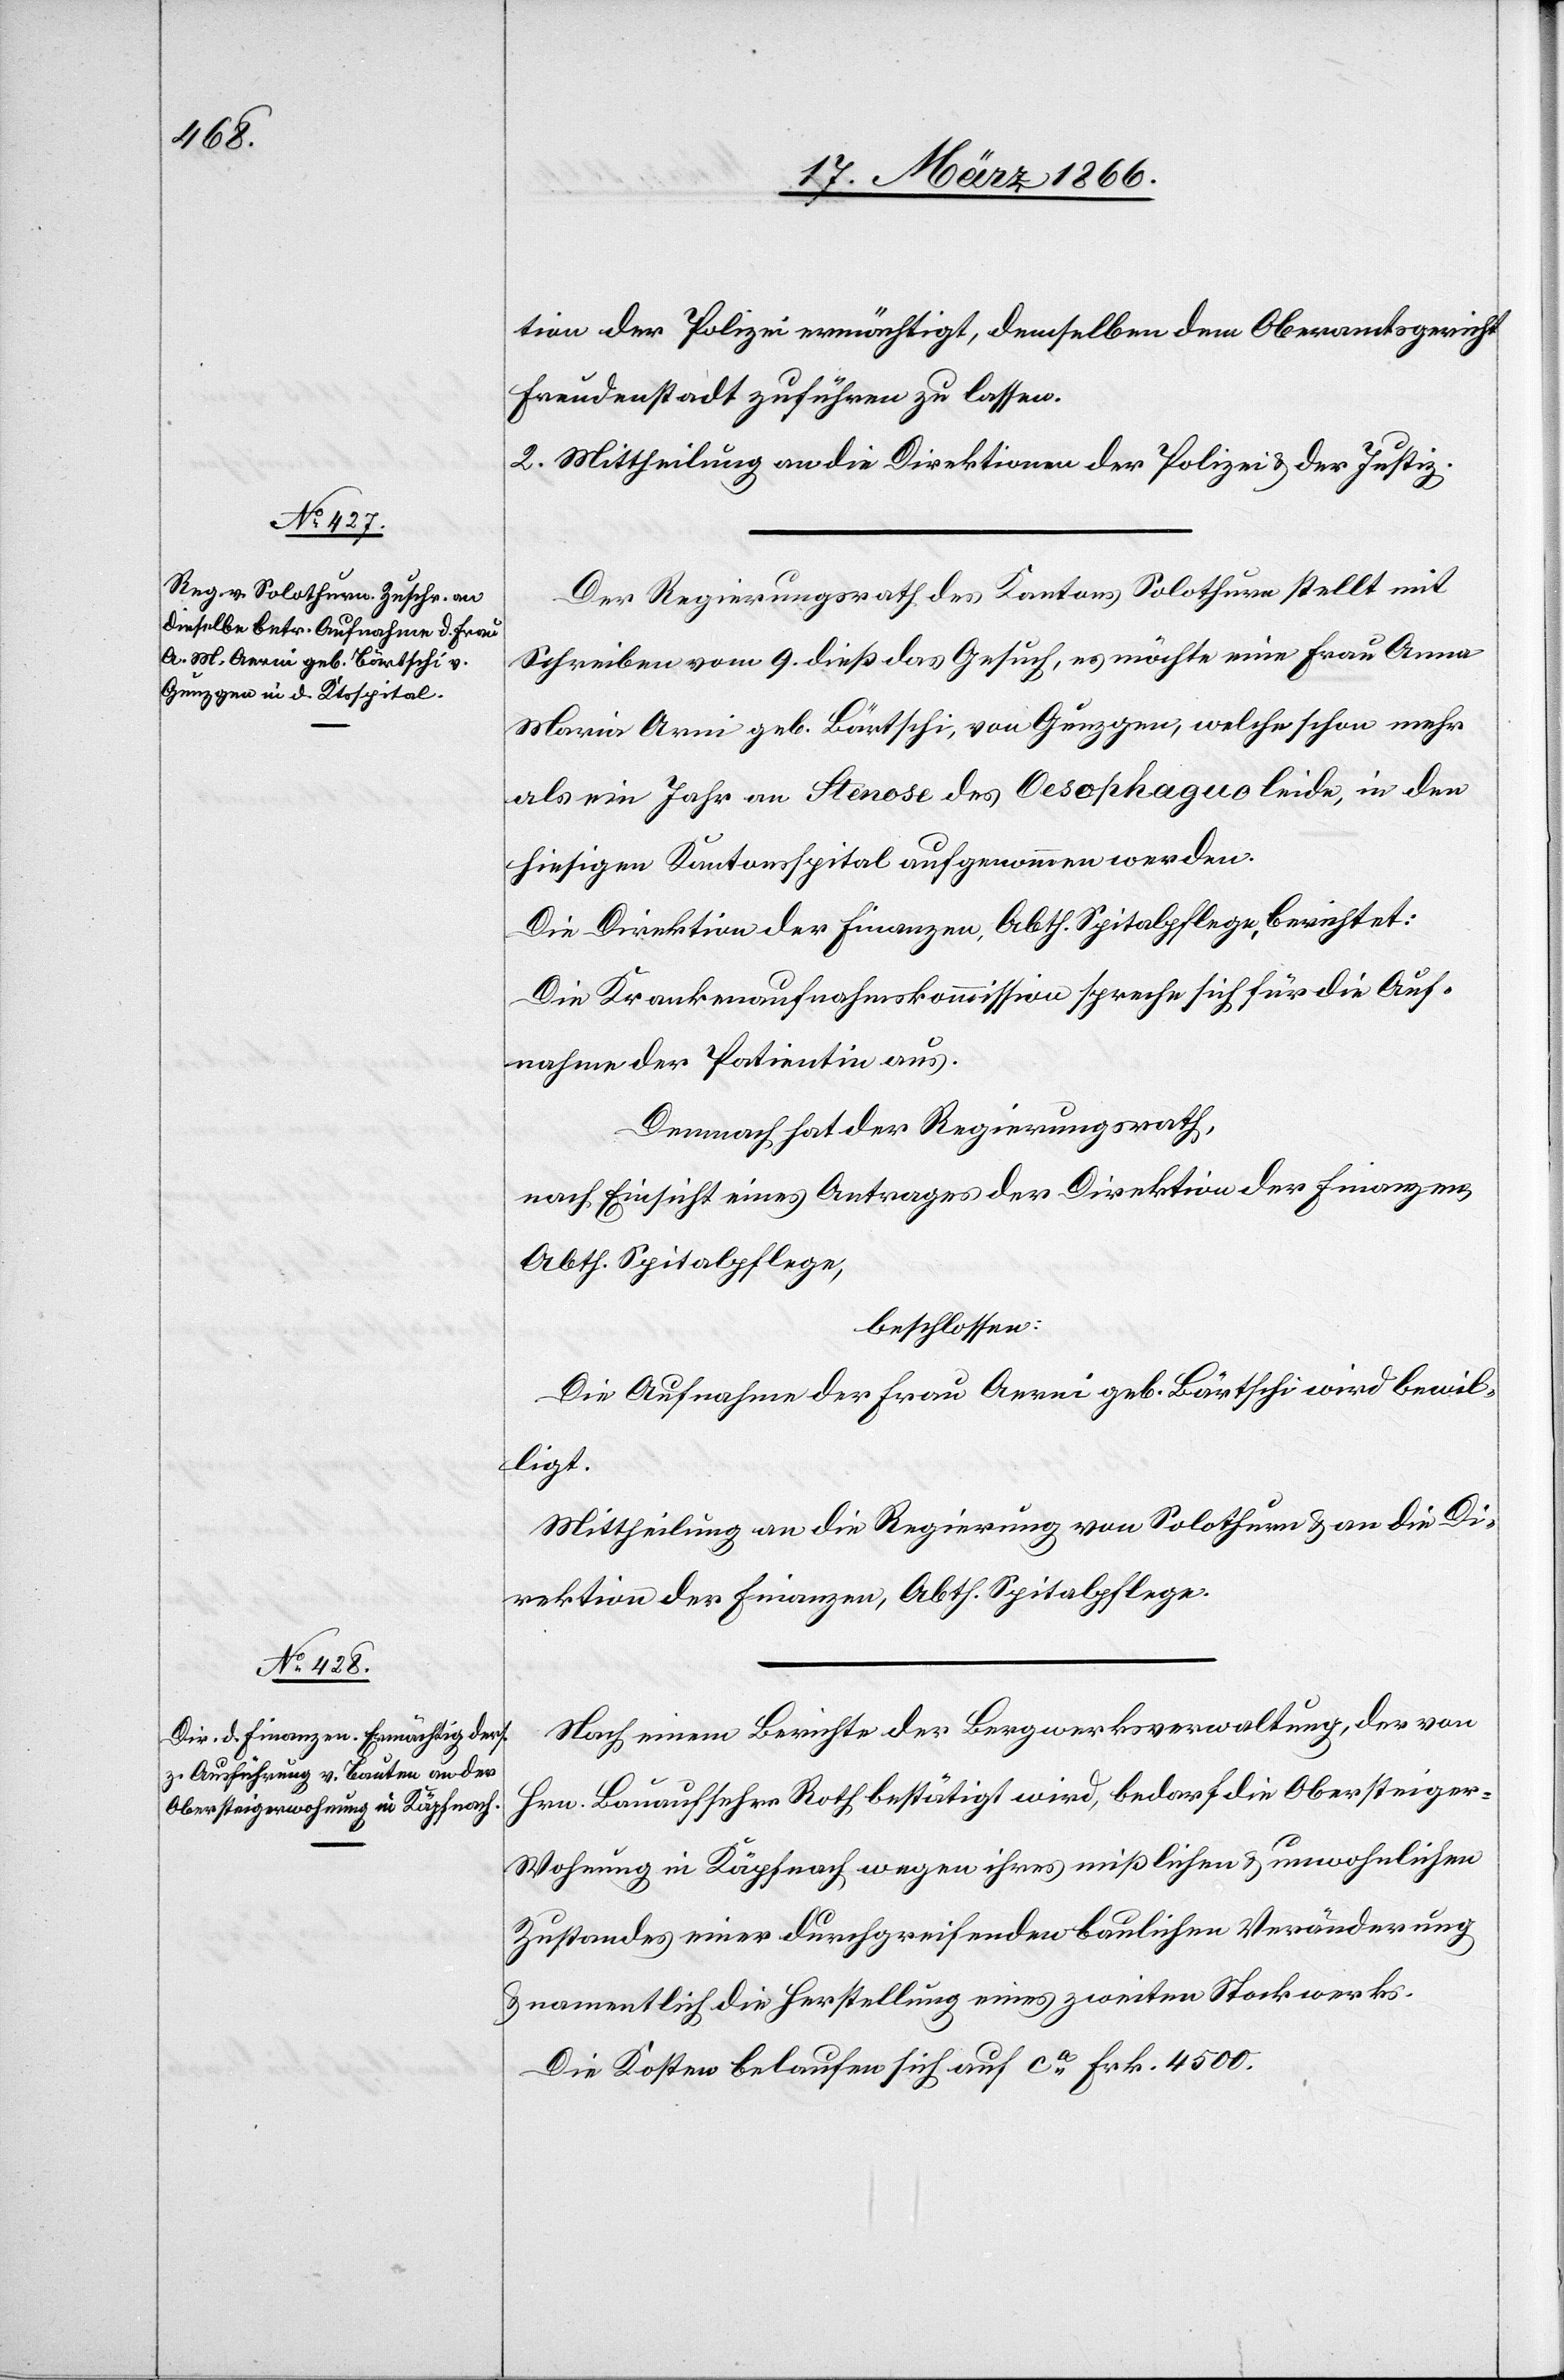
tion der Polizei ermächtigt, demselben [sic!] dem Oberamtsgericht
Freudenstadt zuführen zu lassen.
2. Mittheilung an die Direktionen der Polizei u. der Justiz.
Der Regierungsrath des Kantons Solothurn stellt mit
Schreiben vom 9. dieß das Gesuch, es möchte eine Frau Anna
Maria Arni geb. Bärtschi, von Gunzgen, welche schon mehr
als ein Jahr an Stenose des Oesophagus leide, in den
hiesigen Kantonsspital aufgenommen werden.
Die Direktion der Finanzen, Abth. Spitalpflege, berichtet:
Die Krankenaufnahmekommission spreche sich für die Auf¬
nahme der Patientin aus.
Demnach hat der Regierungsrath,
nach Einsicht eines Antrages der Direktion der Finanzen,
Abth. Spitalpflege,
beschlossen:
Die Aufnahme der Frau Arni geb. Bärtschi wird bewil¬
ligt.
Mittheilung an die Regierung von Solothurn u. an die Di¬
rektion der Finanzen, Abth. Spitalpflege.
Nach einem Berichte der Bergwerksverwaltung, der von
Hrn. Bauaufseher Roth bestätigt wird, bedarf die Obersteige¬
r-Wohnung in Küßnacht wegen ihres mißlichen u. unwohnlichen
Zustandes einer durchgreifenden baulichen Veränderung
u. namentlich die Herstellung eines zweiten Stockwerkes.
Die Kosten belaufen sich auf ca. Frk. 4500.